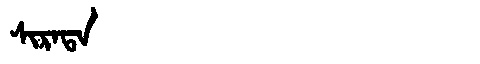
Manchu: ᠰᡳᡵᠠᡨᠠ
Romanization: SIRATA